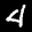
Label: 4